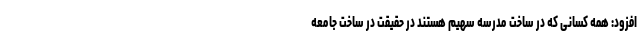
افزود: همه کسانی که در ساخت مدرسه سهیم هستند در حقیقت در ساخت جامعه